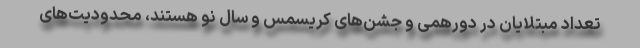
تعداد مبتلایان در دورهمی و جشن‌های کریسمس و سال نو هستند، محدودیت‌های